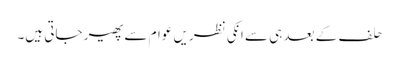
حلف کے بعد ہی سے انکی نظریں عوام سے پھیر جاتی ہیں۔